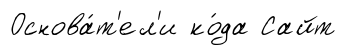
Основа́т'ел'и ко́да Сайт